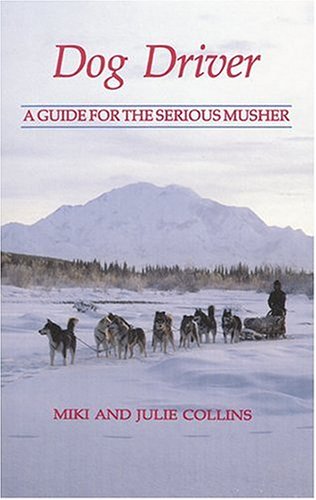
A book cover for Dog Driver: A Guide for the Serious Musher; Miki Collins; Sports & Outdoors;